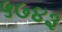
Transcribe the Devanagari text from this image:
५७४३